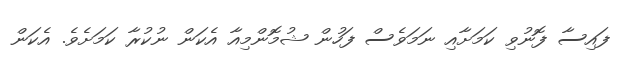
ފައިސާ ފޮނުވި ކަމަށާއި ނަމަވެސް ފަހުން ޝުމޮންމިއާ އެކަން ނުކުރާ ކަމަށެވެ. އެކަން